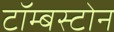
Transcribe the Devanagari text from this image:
टॉम्बस्टोन